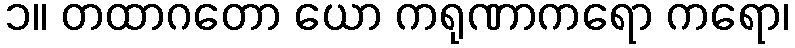
၁။ တထာဂတော ယော ကရုဏာကရော ကရော၊